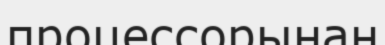
процессорынан